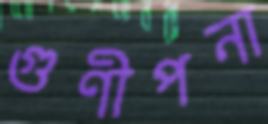
গুণীপনা